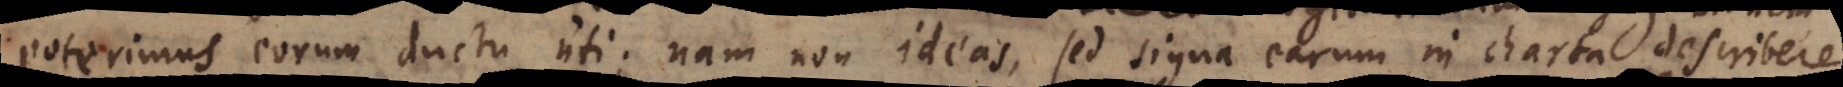
poterimus eorum ductu uti; nam non ideas, sed signa earum in charta describere